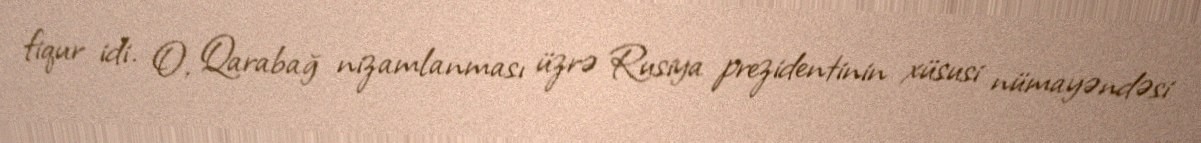
fiqur idi. O, Qarabağ nizamlanması üzrə Rusiya prezidentinin xüsusi nümayəndəsi